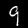
Digit: 9